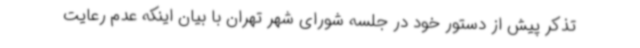
تذکر پیش از دستور خود در جلسه شورای شهر تهران با بیان اینکه عدم رعایت